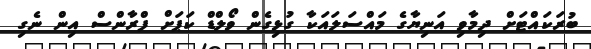
ބުރަކައްޓަށް ދިމާވި އަނިޔާގެ މައްސަލައަކާ ގުޅިގެން ވޯލްޑް ކަޕަށް ފްރާންސް އިން ނެގި